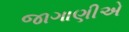
જાગાણીએ